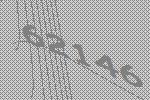
62146